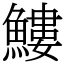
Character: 䱾